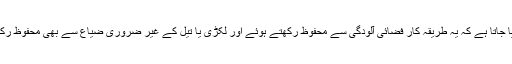
خیال کیا جاتا ہے کہ یہ طریقہ کار فضائی آلودگی سے محفوظ رکھتے ہوئے اور لکڑی یا تیل کے غیر ضروری ضیاع سے بھی محفوظ رکھتا ہے۔